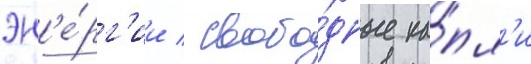
эн'е́рг'ии / свобо́дные ка́пл'и